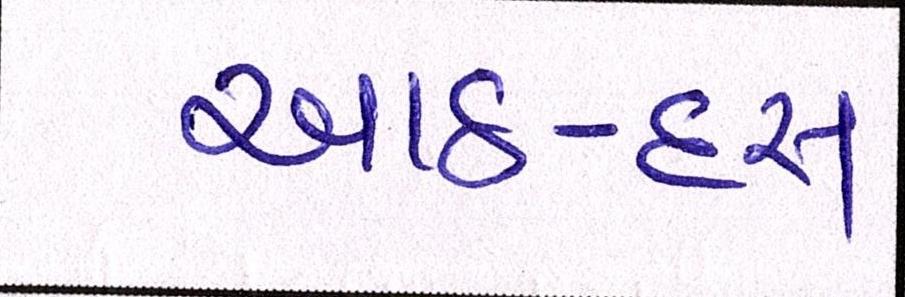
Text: આઠ-દસ